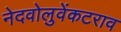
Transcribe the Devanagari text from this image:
नेदवोलुवेंकटराव